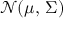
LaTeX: { \mathcal { N } } ( { \boldsymbol { \mu } } , \, { \boldsymbol { \Sigma } } )